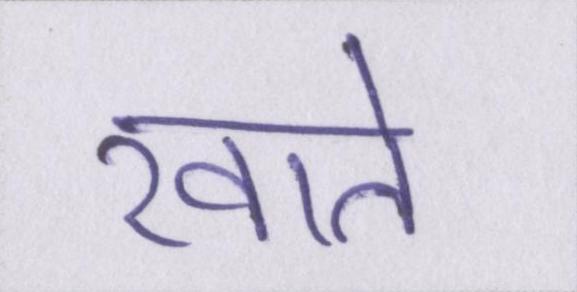
खाते